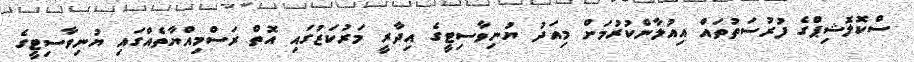
ސްކޮލޮޝިޕްގެ ފުރުސަތުތައް އިއުލާންކުރުމަށް މިއަދު ޔުނިވާސިޓީގެ އިދާރީ މަރުކަޒުގައި އޮތް ރަސްމިއްޔާތެއްގައި ޔުނިވާސިޓީގެ